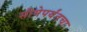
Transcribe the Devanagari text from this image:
सीमेपर्यंतचा